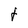
Character: t